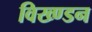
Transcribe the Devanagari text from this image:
विख्ण्डन